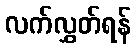
လက်လွှတ်ရန်